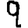
Digit: 9